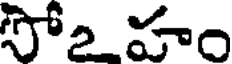
సో2 హం